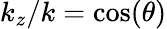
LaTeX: k_{z}/k=\cos(\theta)